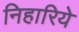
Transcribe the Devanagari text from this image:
निहारिये